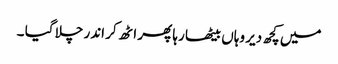
میں کچھ دیر وہاں بیٹھا رہا پھر اٹھ کر اندر چلا گیا ۔